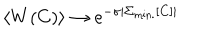
\left< W ( C ) \right> \to \mathrm { e } ^ { - \sigma \left| \Sigma _ { \mathrm { m i n . } } [ C ] \right| }